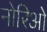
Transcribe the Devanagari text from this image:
नोरिओ